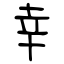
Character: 幸